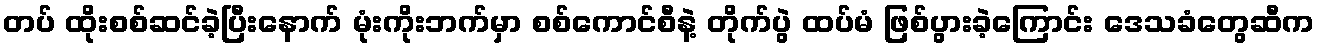
တပ် ထိုးစစ်ဆင်ခဲ့ပြီးနောက် မုံးကိုးဘက်မှာ စစ်ကောင်စီနဲ့ တိုက်ပွဲ ထပ်မံ ဖြစ်ပွားခဲ့ကြောင်း ဒေသခံတွေဆီက